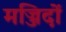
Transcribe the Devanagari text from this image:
मज्जिदों